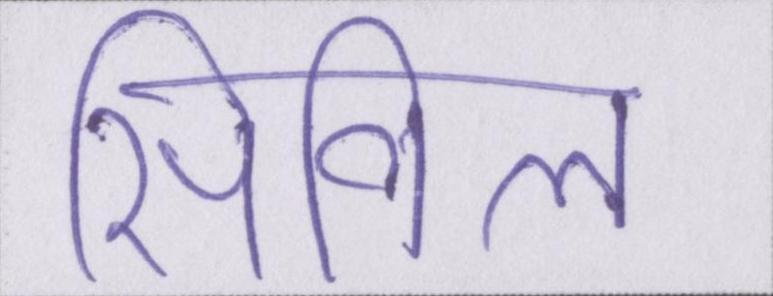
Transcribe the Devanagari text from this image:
सिविल